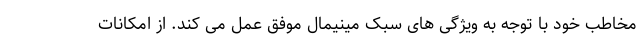
مخاطب خود با توجه به ویژگی های سبک مینیمال موفق عمل می کند. از امکانات